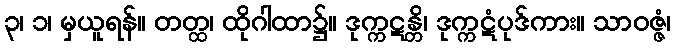
၃၊ ၁၊ မှယူရန်။ တတ္ထ၊ ထိုဂါထာ၌။ ဒုက္ကဋန္တိ၊ ဒုက္ကဋံပုဒ်ကား။ သာဝဇ္ဇံ၊